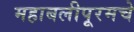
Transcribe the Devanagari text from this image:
महाबलीपूरमचे